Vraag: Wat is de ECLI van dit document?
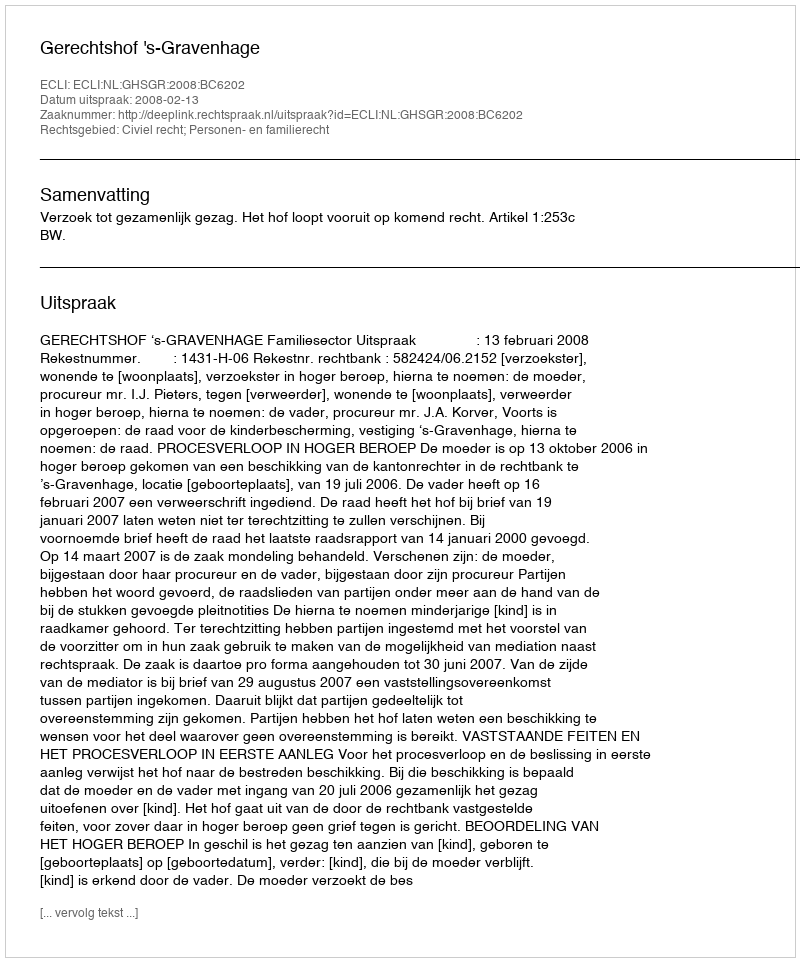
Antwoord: ECLI:NL:GHSGR:2008:BC6202